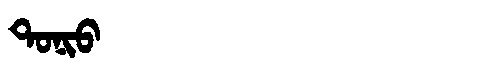
Manchu: ᡨᠣᠨᡳᠣ
Romanization: TONIO